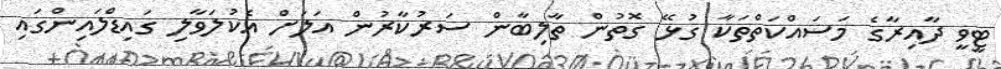
ޓީވީ ދާއިރާގެ މަސައްކަތްތަކާ ގުޅޭ ގޮތުން ތާލިބާން ސަރުކާރުން އަލަށް އެކުލަވާލި ގައިޑްލައިންގައި